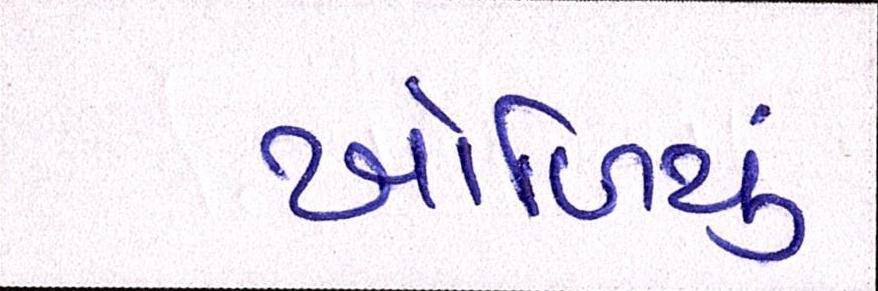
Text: ખોળિયું